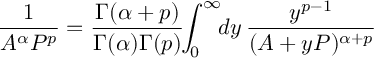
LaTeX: \frac { 1 } { A ^ { \alpha } P ^ { p } } = \frac { \Gamma ( \alpha + p ) } { \Gamma ( \alpha ) \Gamma ( p ) } \! \! \int _ { 0 } ^ { \infty } \! \! d y \, \frac { y ^ { p - 1 } } { ( A + y P ) ^ { \alpha + p } }